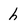
Character: h